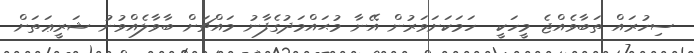
ސިހުރައް ތަބާވެއްޖެ މީހަކީ  ހަމަކަށަވަރުން އޭނާ މުޙައްމަދުގެފާނު މައްޗަށް ބާވާލެއްވުނު ޝަރީޢަތަށް